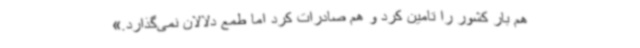
هم بار کشور را تامین کرد و هم صادرات کرد اما طمع دلالان نمی‌گذارد.»